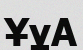
ҰұА